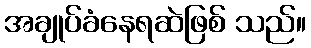
အချုပ်ခံနေရဆဲဖြစ် သည်။